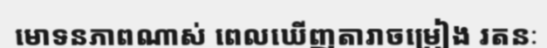
មោទនភាពណាស់ ពេលឃើញតារាចម្រៀង រតនៈ